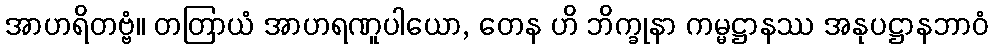
အာဟရိတဗ္ဗံ။ တတြာယံ အာဟရဏူပါယော, တေန ဟိ ဘိက္ခုနာ ကမ္မဋ္ဌာနဿ အနုပဋ္ဌာနဘာဝံ